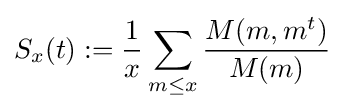
S_{x}(t):={\frac {1}{x}}\sum \limits _{m\leq x}{\frac {M(m,m^{t})}{M(m)}}